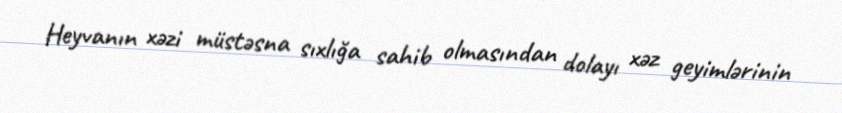
Heyvanın xəzi müstəsna sıxlığa sahib olmasından dolayı xəz geyimlərinin